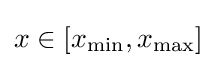
x\in [x_{\min },x_{\max }]